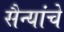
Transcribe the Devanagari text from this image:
सैन्यांचे